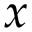
x